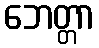
ဘေတ္တာ